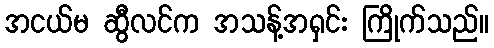
အငယ်မ ဆွီလင်က အသန့်အရှင်း ကြိုက်သည်။